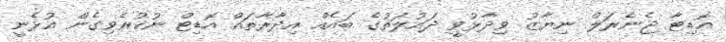
އޮޑިޓާ ޖެނެރަލް ނިޔާޒު ވިދާޅުވީ ދައުލަތުގެ ބައެއް އިދާރާތައް އޮޑިޓް ނުކުރެވިގެން އުޅެނީ